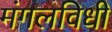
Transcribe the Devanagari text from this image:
मंगलविधी